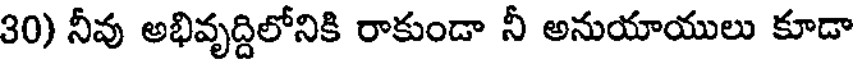
30) నీవు అభివృద్దిలోనికి రాకుండా నీ అనుయాయులు కూడా